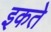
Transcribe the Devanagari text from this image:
इकते